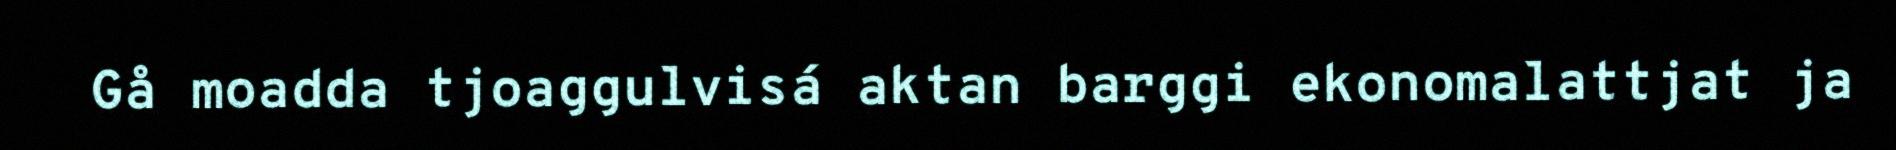
Gå moadda tjoaggulvisá aktan barggi ekonomalattjat ja